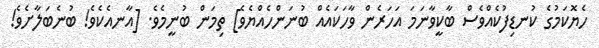
ހެޔޮކަމުގެ ކުނޑިފުކެއްވެސް ބާކީވާނަމަ އަހަރެން ވާހަކައެއް ބުނަންހެއްޔެވެ] ތިމަން ބުނީމެވެ. [އާނއެކެވެ! ބުނެބަލާށެވެ!